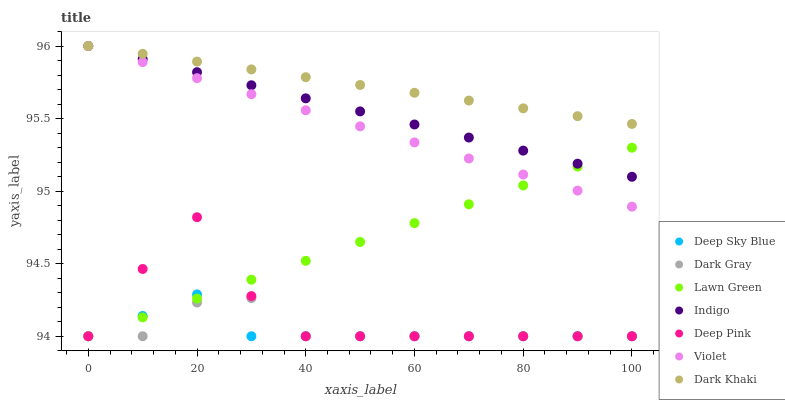
| xaxis_label | Deep Sky Blue | Dark Gray | Lawn Green | Indigo | Deep Pink | Violet | Dark Khaki |
 | --- | --- | --- | --- | --- | --- | --- | --- |
 | 0 | 94 | 94 | 94 | 96 | 94 | 96 | 96 |
 | 10 | 94.1 | 94 | 94.1 | 95.9 | 94.5 | 95.9 | 95.9 |
 | 20 | 94.3 | 94.2 | 94.3 | 95.8 | 94.8 | 95.8 | 95.9 |
 | 30 | 94 | 94.3 | 94.4 | 95.7 | 94.3 | 95.7 | 95.8 |
 | 40 | 94 | 94 | 94.5 | 95.6 | 94 | 95.6 | 95.8 |
 | 50 | 94 | 94 | 94.6 | 95.5 | 94 | 95.4 | 95.7 |
 | 60 | 94 | 94 | 94.8 | 95.5 | 94 | 95.3 | 95.7 |
 | 70 | 94 | 94 | 94.9 | 95.4 | 94 | 95.2 | 95.6 |
 | 80 | 94 | 94 | 95 | 95.3 | 94 | 95.1 | 95.6 |
 | 90 | 94 | 94 | 95.2 | 95.2 | 94 | 95 | 95.5 |
 | 100 | 94 | 94 | 95.3 | 95.1 | 94 | 94.9 | 95.5 |